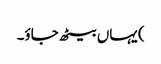
) یہاں بیٹھ جاؤ۔